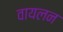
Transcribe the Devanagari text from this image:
वायलन